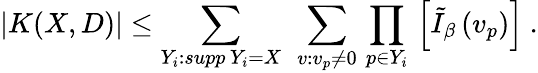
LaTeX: \left.|K(X,D)|\leq\sum_{Y_{i}:supp\, Y_{i}=X}\ \sum_{v:v_{p}\neq 0}\, \prod_{p\in Y_{i}}\, \left[\tilde{I}_{\beta}\, (v_{p})\right]\right.\ .